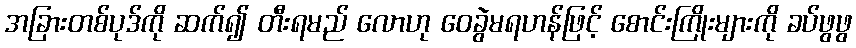
အခြားတစ်ပုဒ်ကို ဆက်၍ တီးရမည် လောဟု ဝေခွဲမရဟန်ဖြင့် စောင်းကြိုးများကို ခပ်ဖွဖွ